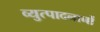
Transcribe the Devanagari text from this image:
व्युत्पादनानों